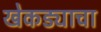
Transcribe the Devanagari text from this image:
खेकड्याचा